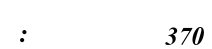
:         370